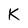
Character: K